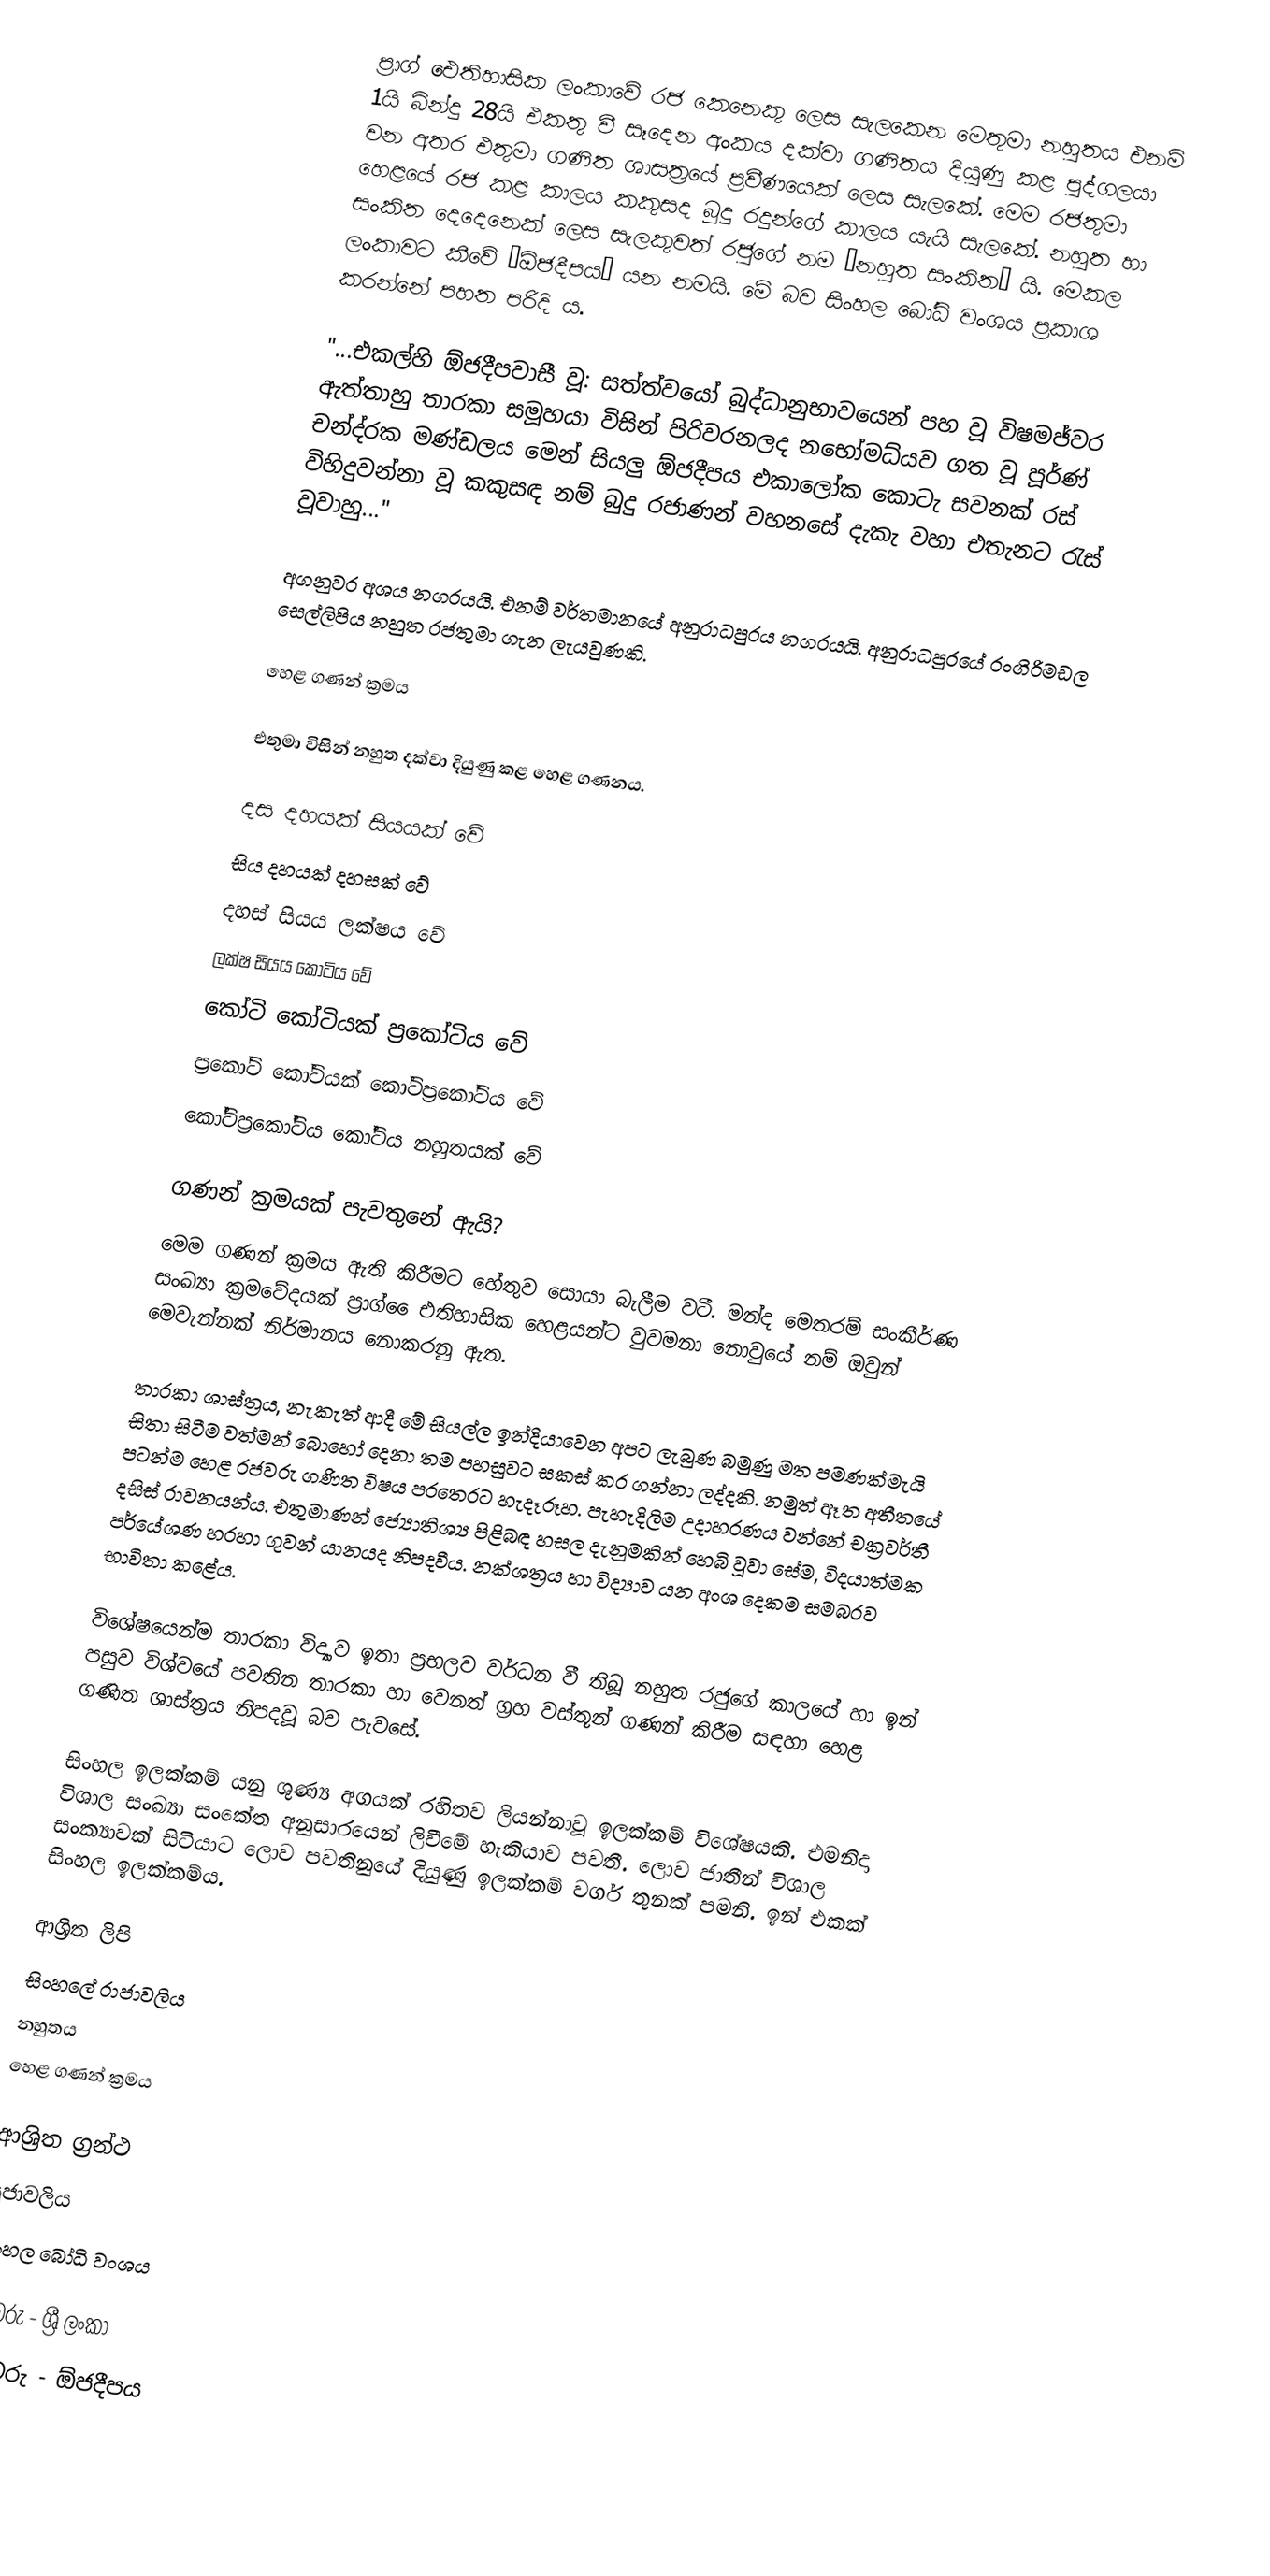
ප්‍රාග් ඓතිහාසික ලංකාවේ රජ කෙනෙකු ලෙස සැලකෙන මෙතුමා නහුතය එනම්  1යි බින්දු 28යි එකතු වී සෑදෙන අංකය දක්වා ගණිතය දියුණු කළ පුද්ගලයා වන අතර එතුමා ගණිත ශාසත්‍රයේ ප්‍රවීණයෙක් ලෙස සැලකේ. මෙම රජතුමා හෙළයේ රජ කළ කාලය කකුසද බුදු රදුන්ගේ කාලය යැයි සැලකේ. නහුත හා සංකිත දෙදෙනෙක් ලෙස සැලකුවත් රජුගේ නම “නහුත සංකිත” යි. මෙකල ලංකාවට කීවේ “ඕජදීපය” යන නමයි.  මේ බව සිංහල බෝධි වංශය ප්‍රකාශ කරන්නේ පහත පරිදි ය.

"...එකල්හි ඕජදීපවාසී වූ: සත්ත්වයෝ බුද්ධානුභාවයෙන් පහ වූ විෂමජ්වර ඇත්තාහු තාරකා සමූහයා විසින් පිරිවරනලද නභෝමධ්යව ගත වූ පූර්ණ් චන්ද්රක මණ්ඩලය මෙන් සියලු ඕජදීපය එකාලෝක කොටැ සවනක් රස් විහිදුවන්නා වූ කකුසඳ නම් බුදු රජාණන් වහනසේ දැකැ වහා එතැනට රැස් වූවාහු..."

අගනුවර අශය  නගරයයි. එනම් වර්තමානයේ අනුරාධපුරය නගරයයි. අනුරාධපුරයේ රංගිරිමඩල සෙල්ලිපිය නහුත රජතුමා ගැන ලැයවුණකි.

හෙළ ගණන් ක්‍රමය

එතුමා විසින් නහුත දක්වා දියුණු කළ හෙළ ගණනය.

දස දහයක් සියයක් වේ
සිය දහයක් දහසක් වේ
දහස් සියය ලක්ෂය වේ
ලක්ෂ සියය කෝටිය වේ
කෝටි කෝටියක් ප්‍රකෝටිය වේ
ප්‍රකෝටි කෝටියක් කෝටිප්‍රකෝටිය වේ
කෝටිප්‍රකෝටිය කෝටිය නහුතයක් වේ

ගණන් ක්‍රමයක් පැවතුනේ ඇයි?
මෙම ගණන් ක්‍රමය ඇති කිරීමට හේතුව සොයා බැලීම වටී. මන්ද  මෙතරම් සංකීර්ණ සංඛ්‍යා ක්‍රමවේදයක් ප්‍රාග් ‍ෛඑතිහාසික හෙළයන්ට වුවමනා නොවුයේ නම් ඔවුන් මෙවැන්නක් නිර්මානය නොකරනු ඇත.

තාරකා ශාස්ත්‍රය, නැකැත් ආදී මේ සියල්ල ඉන්දියාවෙන අපට ලැබුණ බමුණු මත පමණක්මැයි  සිතා සිටීම වත්මන් බොහෝ දෙනා තම පහසුවට සකස් කර ගන්නා ලද්දකි. නමුත් ඈත අතීතයේ පටන්ම හෙළ රජවරු ගණිත විෂය පරතෙරට හැදෑරූහ. පැහැදිලිම උදාහරණය වන්නේ චක්‍රවර්තී දසිස් රාවනයන්ය. එතුමාණන් ජ්‍යොතිශ්‍ය පිළිබඳ හසල දැනුමකින් හෙබි වූවා සේම, විදයාත්මක පර්යේශණ හරහා ගුවන් යානයද නිපදවීය. නක්ශත්‍රය හා විද්‍යාව යන අංශ දෙකම සමබරව භාවිතා කළේය.

විශේෂයෙන්ම තාරකා විද්‍යාව ඉතා ප්‍රභලව වර්ධන වී තිබූ නහුත රජුගේ කාලයේ හා ඉන් පසුව විශ්වයේ පවතින තාරකා හා වෙනත් ග්‍රහ වස්තූන් ගණන් කිරීම සඳහා හෙළ ගණිත ශාස්ත්‍රය නිපදවූ බව පැවසේ.

සිංහල ඉලක්කම් යනු ශුණ්‍ය අගයක් රහිතව ලියන්නාවූ ඉලක්කම් විශේෂයකි. එමනිදා විශාල සංඛ්‍යා සංකේත අනුසාරයෙන් ලිවීමේ හැකියාව පවතී. ලොව ජාතීන් විශාල සංක්‍යාවක් සිටියාට ලොව පවතිනුයේ දියුණු ඉලක්කම් වර්ග තුනක් පමනි. ඉන් එකක් සිංහල ඉලක්කම්ය.

ආශ්‍රිත﻿ ලිපි
 සිංහලේ රාජාවලිය
 නහුතය
 හෙළ ගණන් ක්‍රමය

ආශ්‍රිත ග්‍රන්ථ
පූජාවලිය
සිංහල බෝධි වංශය

රජවරු - ශ්‍රී ලංකා
රජවරු - ඕජදීපය